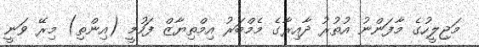
މަޖިލީހުގެ މާފަންނު އުތުރު ދާއިރާގެ މެމްބަރު އިމްތިޔާޒް ފަހުމީ (އިންތި) މިރޭ ވަނީ